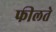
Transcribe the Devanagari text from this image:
फीलते